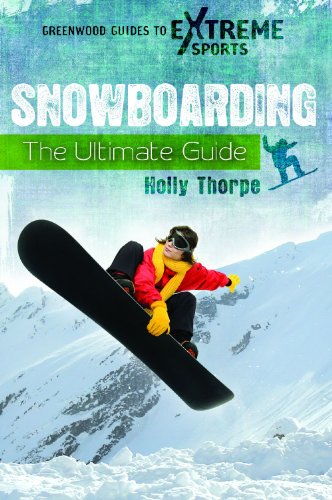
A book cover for Snowboarding: The Ultimate Guide (Greenwood Guides to Extreme Sports); Holly Thorpe; Sports & Outdoors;